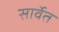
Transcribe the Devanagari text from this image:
सार्वेत